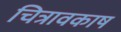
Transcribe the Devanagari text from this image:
चित्रावकाष